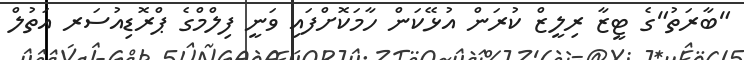
"ބާރަތު"ގެ ޓީޒާ ރިލީޒް ކުރަން އުޅޭކަން ހާމަކޮށްފައި ވަނީ ފިލްމްގެ ޕްރޮޑިއުސަރ އަތުލް